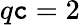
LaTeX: q\mathtt{c}=2